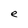
Character: e